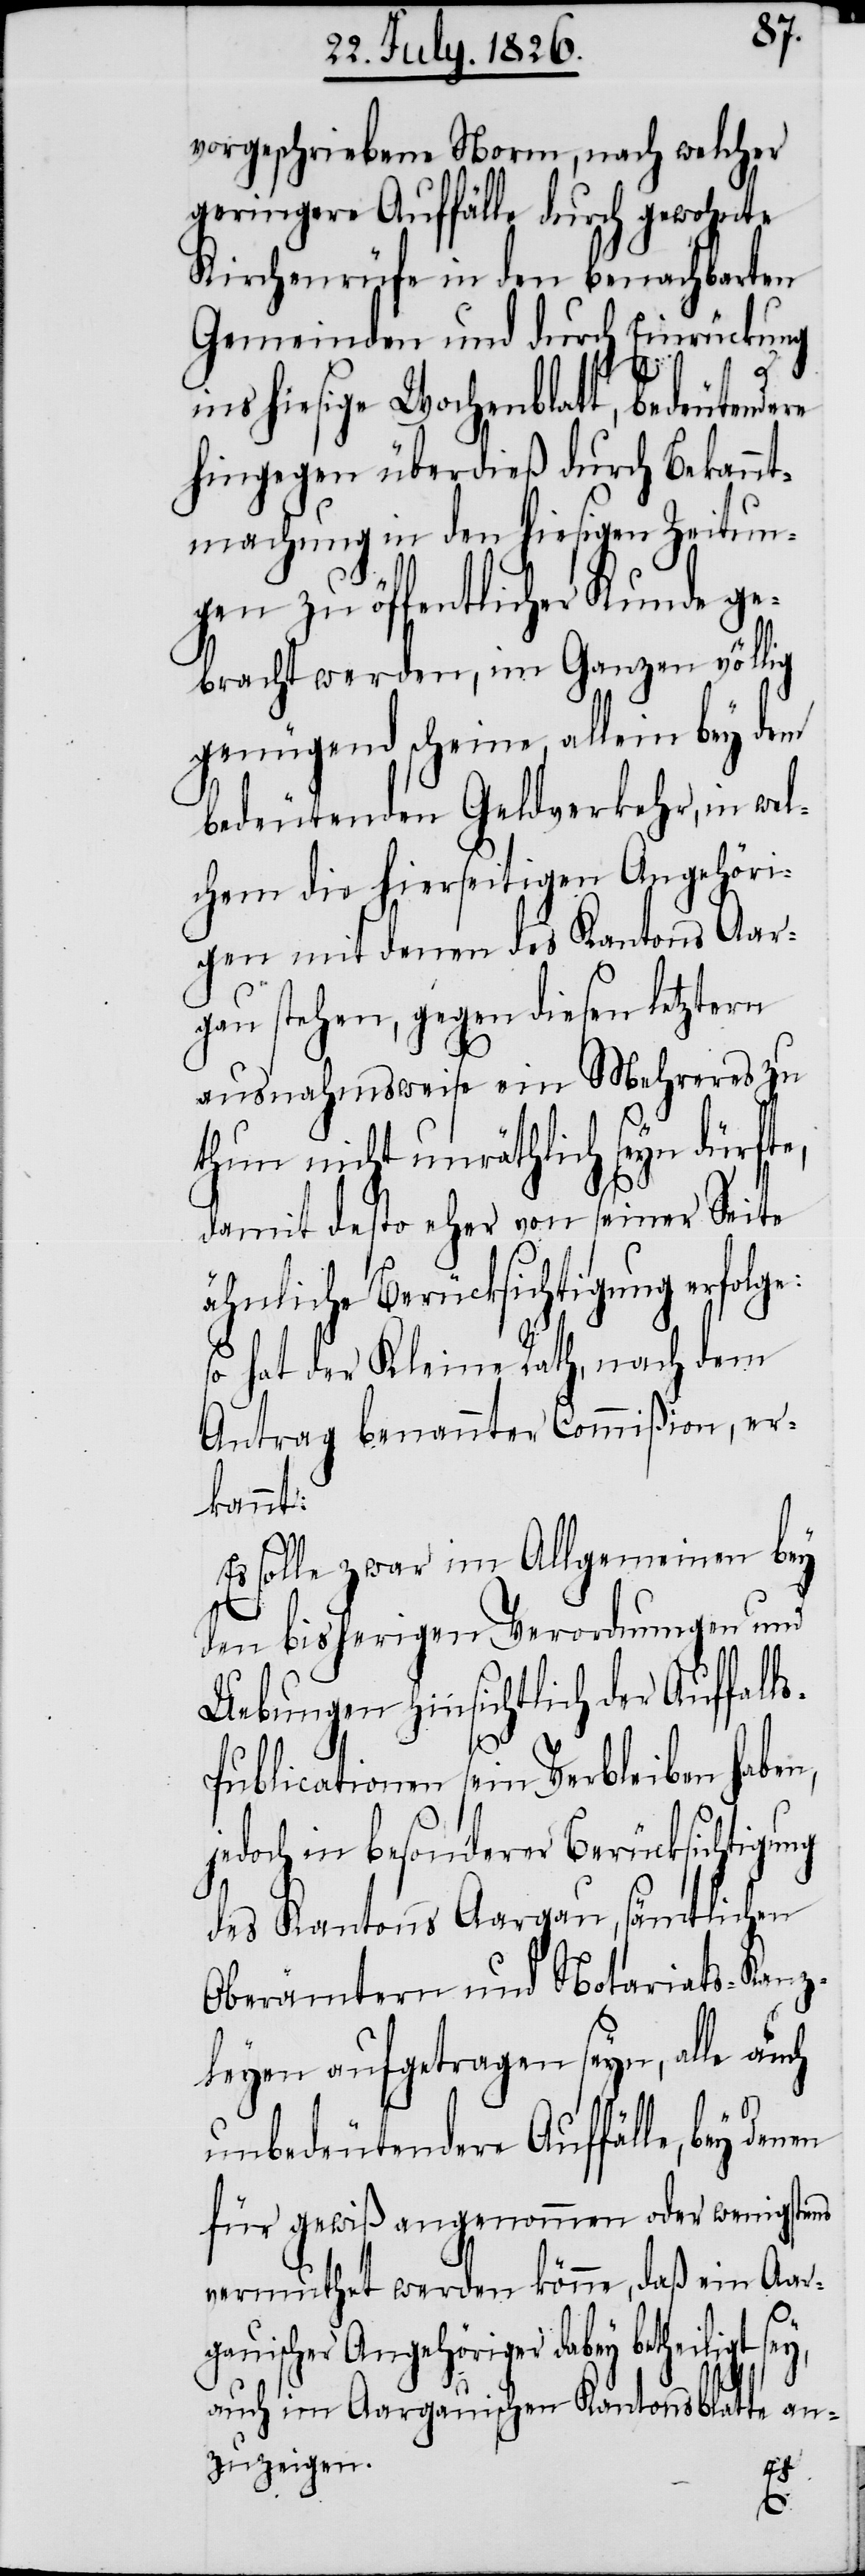
vorgeschriebene Norm, nach welcher
geringere Auffälle durch gewohnte
Kirchenrüfe in den benachbarten
Gemeinden und durch Einrückung
ins hiesige Wochenblatt, bedeutendere
hingegen überdieß durch Bekannt¬
machung in den hiesigen Zeitun¬
gen zu öffentlicher Kunde ge¬
bracht werden, im Ganzen völlig
genügend scheine, allein bey dem
bedeutenden Geldverkehr, in wel¬
chem die hierseitigen Angehöri¬
gen mit denen des Kantons Aar¬
gau stehen, gegen diesen letztern
ausnahmsweise ein Mehreres zu
thun nicht unräthlich seyn dürfte,
damit desto eher von seiner Seite
ähnliche Berücksichtigung erfolge:
so hat der Kleine Rath, nach dem
Antrag benannter Commißion, er¬
kannt:
Es solle zwar im Allgemeinen bey
den bisherigen Verordnungen und
Uebungen hinsichtlich der Auffall¬
ublicationen sein Verbleiben haben,
jedoch in besonderer Berücksichtigung
des Kantons Aargau, sämtlichen
Oberämtern und Notariats-Kanz¬
leyen aufgetragen seyn, alle auch
unbedeutendere Auffälle, bey
für gewiß angenommen oder wenigstens
vermuthet werden könne, daß ein Aar¬
gauischer Angehöriger dabey betheiligt
auch im Aargauischen Kantonsblatte an¬
zuzeigen.
s-P¬